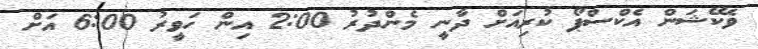
ވެކޭޝަން އެކްސްޕޯ ކުރިއަށް ދާނީ މެންދުރު 2:00 އިން ހަވީރު 6:00 އަށް